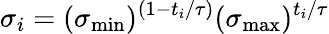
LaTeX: \sigma_{i}=(\sigma_{\operatorname*{min}})^{(1-t_{i}/\tau)}(\sigma_{\operatorname*{max}})^{t_{i}/\tau}